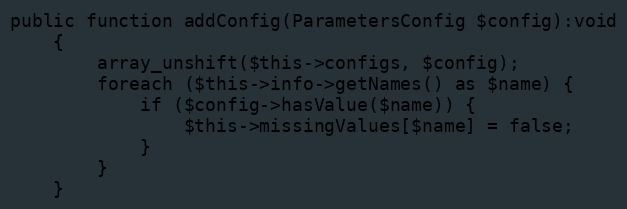
Language: PHP
public function addConfig(ParametersConfig $config):void
    {
        array_unshift($this->configs, $config);
        foreach ($this->info->getNames() as $name) {
            if ($config->hasValue($name)) {
                $this->missingValues[$name] = false;
            }
        }
    }